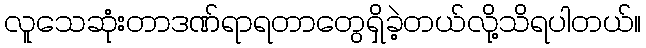
လူသေဆုံးတာဒဏ်ရာရတာတွေရှိခဲ့တယ်လို့သိရပါတယ်။